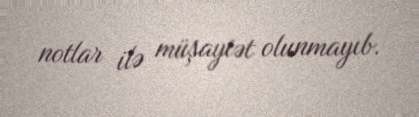
notlar ilə müşayiət olunmayıb.